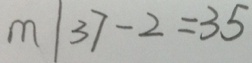
m \vert 3 7 - 2 = 3 5